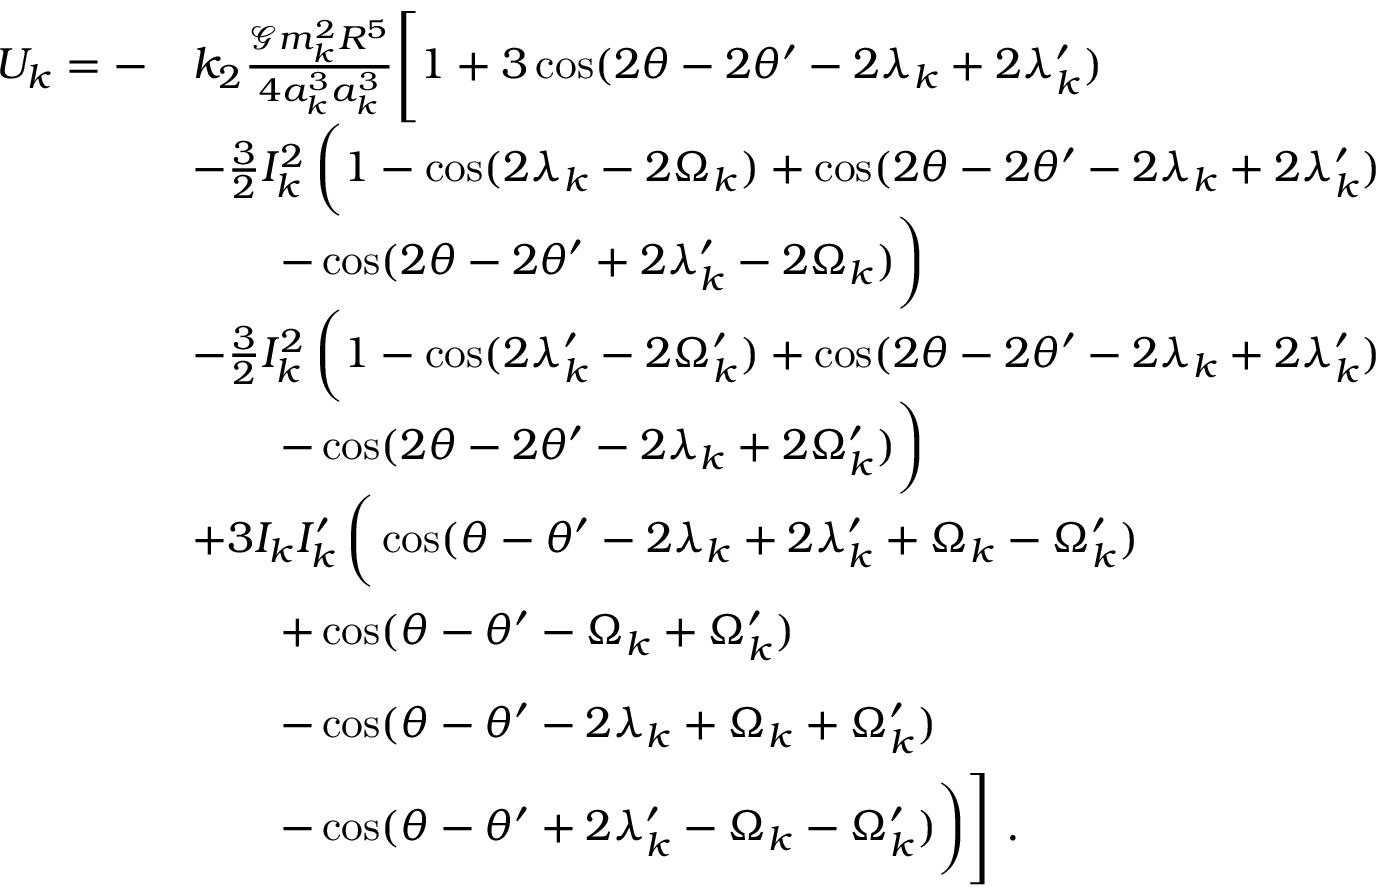
\begin{array} { r l } { U _ { k } = - } & { k _ { 2 } \frac { \mathcal { G } m _ { k } ^ { 2 } R ^ { 5 } } { 4 a _ { k } ^ { 3 } a _ { k } ^ { 3 } } \Bigg [ 1 + 3 \cos ( 2 \theta - 2 \theta ^ { \prime } - 2 \lambda _ { k } + 2 \lambda _ { k } ^ { \prime } ) } \\ & { - \frac { 3 } { 2 } I _ { k } ^ { 2 } \, \bigg ( 1 - \cos ( 2 \lambda _ { k } - 2 \Omega _ { k } ) + \cos ( 2 \theta - 2 \theta ^ { \prime } - 2 \lambda _ { k } + 2 \lambda _ { k } ^ { \prime } ) } \\ & { \quad \quad - \cos ( 2 \theta - 2 \theta ^ { \prime } + 2 \lambda _ { k } ^ { \prime } - 2 \Omega _ { k } ) \bigg ) } \\ & { - \frac { 3 } { 2 } I _ { k } ^ { 2 } \, \bigg ( 1 - \cos ( 2 \lambda _ { k } ^ { \prime } - 2 \Omega _ { k } ^ { \prime } ) + \cos ( 2 \theta - 2 \theta ^ { \prime } - 2 \lambda _ { k } + 2 \lambda _ { k } ^ { \prime } ) } \\ & { \quad \quad - \cos ( 2 \theta - 2 \theta ^ { \prime } - 2 \lambda _ { k } + 2 \Omega _ { k } ^ { \prime } ) \bigg ) } \\ & { + 3 I _ { k } I _ { k } ^ { \prime } \, \bigg ( \cos ( \theta - \theta ^ { \prime } - 2 \lambda _ { k } + 2 \lambda _ { k } ^ { \prime } + \Omega _ { k } - \Omega _ { k } ^ { \prime } ) } \\ & { \quad \quad + \cos ( \theta - \theta ^ { \prime } - \Omega _ { k } + \Omega _ { k } ^ { \prime } ) \phantom { \bigg ) } } \\ & { \quad \quad - \cos ( \theta - \theta ^ { \prime } - 2 \lambda _ { k } + \Omega _ { k } + \Omega _ { k } ^ { \prime } ) \phantom { \bigg ) } } \\ & { \quad \quad - \cos ( \theta - \theta ^ { \prime } + 2 \lambda _ { k } ^ { \prime } - \Omega _ { k } - \Omega _ { k } ^ { \prime } ) \bigg ) \Bigg ] \ . } \end{array}